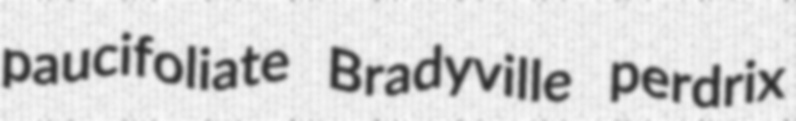
paucifoliate Bradyville perdrix